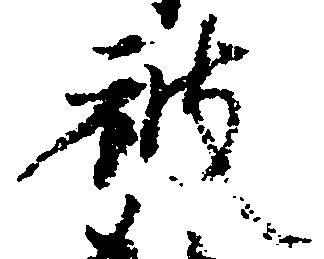
被